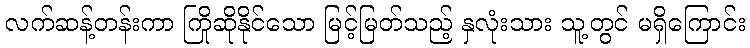
လက်ဆန့်တန်းကာ ကြိုဆိုနိုင်သော မြင့်မြတ်သည့် နှလုံးသား သူ့တွင် မရှိကြောင်း